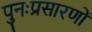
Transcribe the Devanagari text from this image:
पुनःप्रसारणों